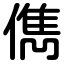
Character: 儁